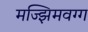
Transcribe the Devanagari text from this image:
मज्झिमवग्ग